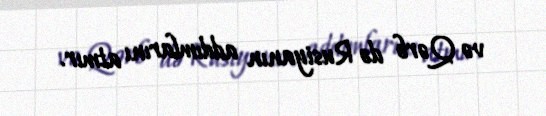
və Qərb də Rusiyanın addımlarını atmır.